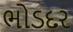
ભોડદર